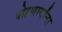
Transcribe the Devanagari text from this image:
पोहणार्यांना